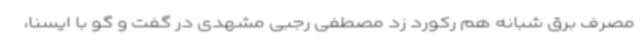
مصرف برق شبانه هم رکورد زد مصطفی رجبی مشهدی در گفت و گو با ایسنا،